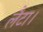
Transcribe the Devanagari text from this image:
लैटा।